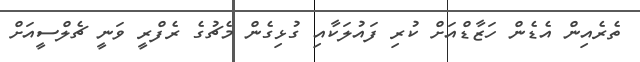
ތެރެއިން އެޑެން ހަޒާޑްއަށް ކުރި ފައުލަކާއި ގުޅިގެން މެޗުގެ ރެފްރީ ވަނީ ޗެލްސީއަށް